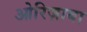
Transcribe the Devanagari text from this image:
ओरिज़ाबा